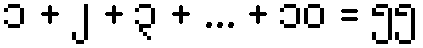
၁ + ၂ + ၃ + ... + ၁၀ = ၅၅